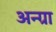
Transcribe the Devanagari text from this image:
अन्ग्रा